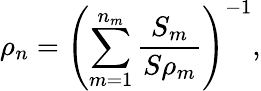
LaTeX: \rho_{n}=\left(\sum_{m=1}^{n_{m}}\frac{S_{m}}{S\rho_{m}}\right)^{-1},